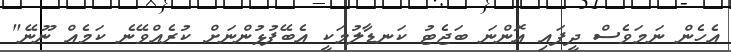
އެހެން ނަމަވެސް ދީފައި އޮންނަ ބަޖެޓު ކަނޑާލުމަކީ އެބޭފުޅުންނަށް ކުރެއްވޭނެ ކަމެއް ނޫނޭ"